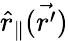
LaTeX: \hat{r}_{\| }(\vec{r^{\prime}})